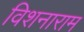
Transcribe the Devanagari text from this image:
विशनाराम